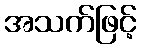
အသက်ဖြင့်